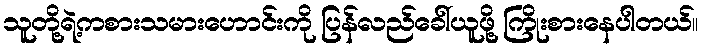
သူတို့ရဲ့ကစားသမားဟောင်းကို ပြန်လည်ခေါ်ယူဖို့ ကြိုးစားနေပါတယ်။